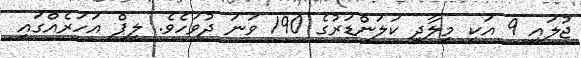
ޖުލައި 9 އަކީ މީލާދީ ކަލަންޑަރުގެ 190 ވަނަ ދުވަހެވެ. ލީޕް އަހަރެއްގައި